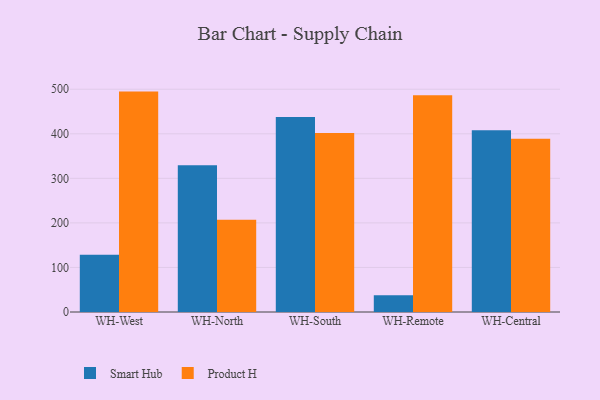
{"axis": {"x": "Warehouse", "y": "Shipments"}, "legend": ["Product H", "Smart Hub"], "data": [{"x": "WH-West", "y": 128.7, "type": "Smart Hub"}, {"x": "WH-West", "y": 494.7, "type": "Product H"}, {"x": "WH-North", "y": 329.6, "type": "Smart Hub"}, {"x": "WH-North", "y": 207.2, "type": "Product H"}, {"x": "WH-South", "y": 437.7, "type": "Smart Hub"}, {"x": "WH-South", "y": 401.8, "type": "Product H"}, {"x": "WH-Remote", "y": 37.6, "type": "Smart Hub"}, {"x": "WH-Remote", "y": 486.7, "type": "Product H"}, {"x": "WH-Central", "y": 407.8, "type": "Smart Hub"}, {"x": "WH-Central", "y": 388.8, "type": "Product H"}]}